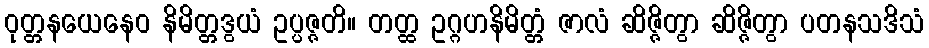
ဝုတ္တနယေနေဝ နိမိတ္တဒွယံ ဥပ္ပဇ္ဇတိ။ တတ္ထ ဥဂ္ဂဟနိမိတ္တံ ဇာလံ ဆိဇ္ဇိတွာ ဆိဇ္ဇိတွာ ပတနသဒိသံ